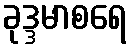
ခုဒ္ဒမာစရေ